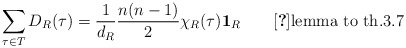
\begin{align*}\sum_{\tau \in T} D_R (\tau ) = \frac{1}{d_R} \frac{n (n - 1)}{2}\chi_R ( \tau )\mbox{{\bf 1}}_R \qquad \mbox{\cite{Tung}lemma to th.3.7}\end{align*}